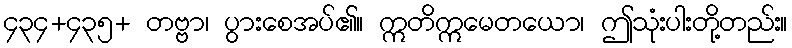
၄၃၄+၄၃၅+ တဗ္ဗာ၊ ပွားစေအပ်၏။ ဣတိဣမေတယော၊ ဤသုံးပါးတို့တည်း။